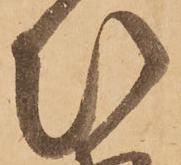
ひ